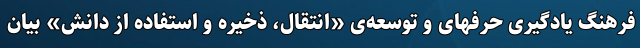
فرهنگ یادگیری حرفهای و توسعه‌ی «انتقال، ذخیره و استفاده از دانش» بیان